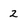
Character: 2